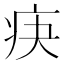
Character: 疦